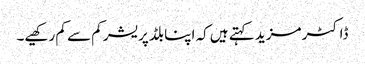
ڈاکٹر مزید کہتے ہیں کہ اپنا بلڈ پریشر کم سے کم رکھیے۔